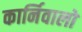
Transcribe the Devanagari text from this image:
कार्निवालों